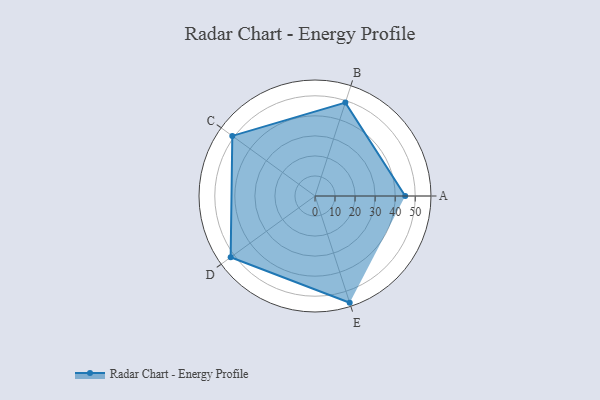
{"axis": {"x": "Skill", "y": "Score"}, "legend": ["Profile"], "data": [{"x": "A", "y": 45.0, "type": "Profile"}, {"x": "B", "y": 49.0, "type": "Profile"}, {"x": "C", "y": 51.0, "type": "Profile"}, {"x": "D", "y": 52.0, "type": "Profile"}, {"x": "E", "y": 56.0, "type": "Profile"}]}